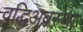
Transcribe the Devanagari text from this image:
वृद्धिअवस्था